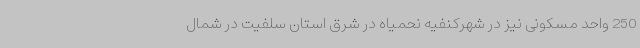
250 واحد مسکونی نیز در شهرکنفیه نحمیاه در شرق استان سلفیت در شمال